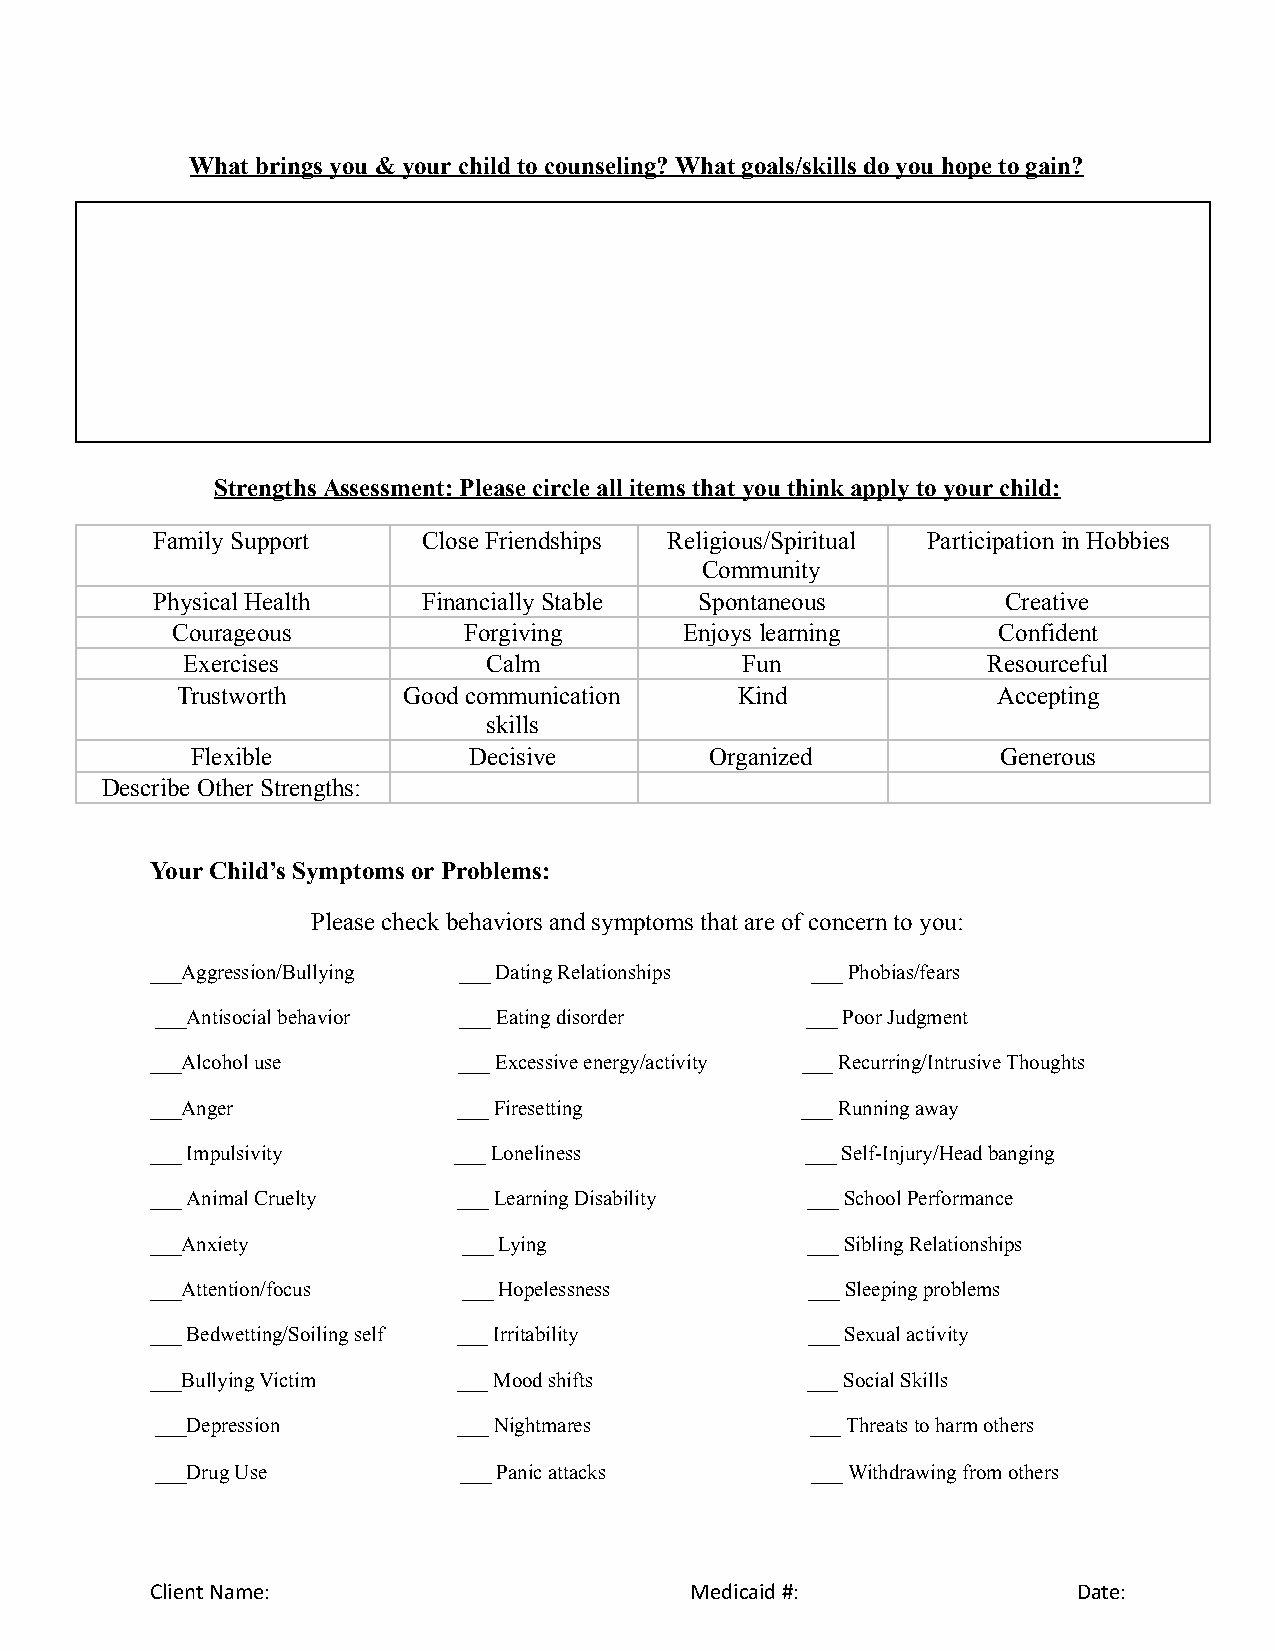
What brings you & your child to counseling? What goals/skills do you h ope to gain?
 Strengths Assessment: Please circle all i tems that you think apply to your child:
 Family Support    Close Friendships Religious/Spiritual Participation in Hobbies
 Community
 Physical Health   Financially Stable Spontaneous         Creative
 Courageous          Forgiving     Enjoys l earning     Confident
 Exercises           Calm             Fun             Resourceful
 Trustworth     Good communication    Kind             Accepting
 skills
 Flexible          Decisive        Organized          Generous
 Describe Other Strengths:
 Your Child’s Symptoms or Problems:
 Please check behaviors and symptoms that a re of c oncern to you:
 ___Aggression/Bullying ___ Dating Relationships ___ Phobias/fears
 ___Antisocial behavior ___ Eating disorder ___ Poor Judgment
 ___Alcohol use      ___ Excessive energy/activity ___ Recurring/Intrusive Thoughts
 ___Anger            ___ Firesetting        ___ Running away
 ___ Impulsivity     ___ Loneliness         ___ Self-Injury/Head banging
 ___ Animal Cruelty  ___ Learning Disability ___ School Performance
 ___Anxiety           ___ Lying             ___ Sibling Relationships
 ___Attention/focus   ___ Hopelessness       ___ Sleeping problems
 ___ Bedwetting/Soiling self ___ Irritability ___ Sexual activity
 ___Bullying Victim  ___ Mood shifts        ___ Social Skills
 ___Depression       ___ Nightmares          ___ Threats to harm others
 ___Drug Use         ___ Panic attacks       ___ Withdrawing from others
 Client Name:                        Medicaid #:              Date: